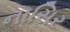
નાસિર